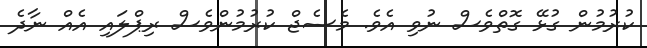
ކުރުމުން ގުޅޭ ގޮތްވެސް ނުވި އެވެ. މެސެޖް ކުރުމުންވެސް ރިޕްލައި އެއް ނާދެ